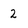
Character: 2